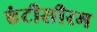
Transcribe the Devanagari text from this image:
एंटीसीरम